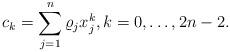
LaTeX: \begin{align*}c_k=\sum_{j=1}^n\varrho_j x_j^k,k=0,\dots, 2n-2.\end{align*}